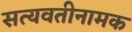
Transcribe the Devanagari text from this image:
सत्यवतीनामक